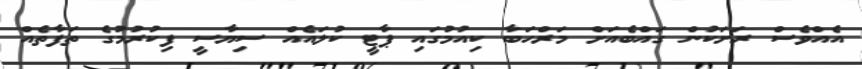
އެއްވެސް ރަށަކުން ގައްބެއަށް މަރްހަބާ ކިއުމުގައި ޕާޓީ ކުލައެއް ސިޔާސީ ފިކުރުމުގެ ތަފާތެއް